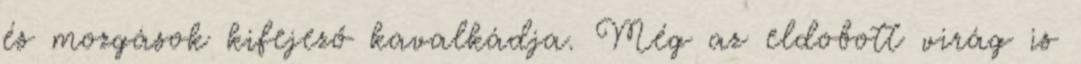
és mozgások kifejező kavalkádja. Még az eldobott virág is